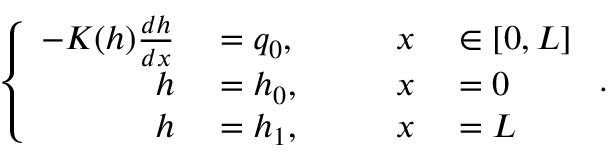
\left\{ \begin{array} { r l r l } { - K ( h ) \frac { d h } { d x } } & { { } = q _ { 0 } , \qquad } & { x } & { { } \in [ 0 , L ] } \\ { h } & { { } = h _ { 0 } , } & { x } & { { } = 0 } \\ { h } & { { } = h _ { 1 } , } & { x } & { { } = L } \end{array} \right. .